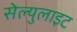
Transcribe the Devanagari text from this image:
सेल्युलाइट